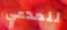
للمدعي